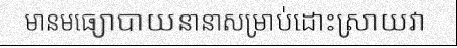
មានមធ្យោបាយនានាសម្រាប់ដោះស្រាយវា